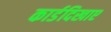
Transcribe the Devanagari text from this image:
कार्डदिखाए